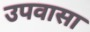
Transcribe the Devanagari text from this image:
उपवासा